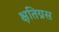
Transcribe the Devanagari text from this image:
क्षतिग्रस